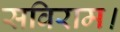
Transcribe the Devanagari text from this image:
सविराम।